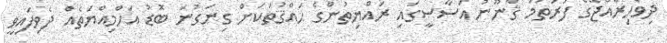
ދިވެހިރާއްޖޭގެ ފުރަތަމަ ޤާނޫނު އަސާސީގައި ރައްޔިތުންގެ ޙައްޤުތަކަށް ގިނަގުނަ ބޮޑު އަހްމިއްޔަތެއް ދެވިފައިވީ